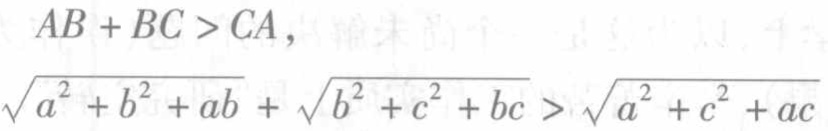
\[

\begin{align*}

AB + BC &> CA,\\

\sqrt{a^{2}+b^{2}+ab}+\sqrt{b^{2}+c^{2}+bc}&>\sqrt{a^{2}+c^{2}+ac}

\end{align*}

\]